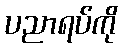
ပညာရပ်ကို